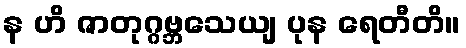
န ဟိ ဇာတုဂ္ဂဗ္ဘသေယျ ပုန ရေတီတိ။